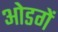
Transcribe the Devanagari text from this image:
ओडगें